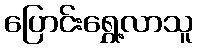
ပြောင်းရွှေ့လာသူ